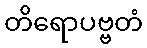
တိရောပဗ္ဗတံ